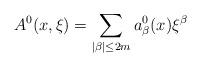
LaTeX: \begin{align*}A^0(x,\xi )=\sum_{|\beta |\le 2m}a^0_\beta (x)\xi ^\beta\end{align*}